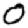
Digit: 0